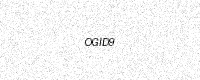
Text: OGID9